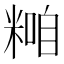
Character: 𥻢